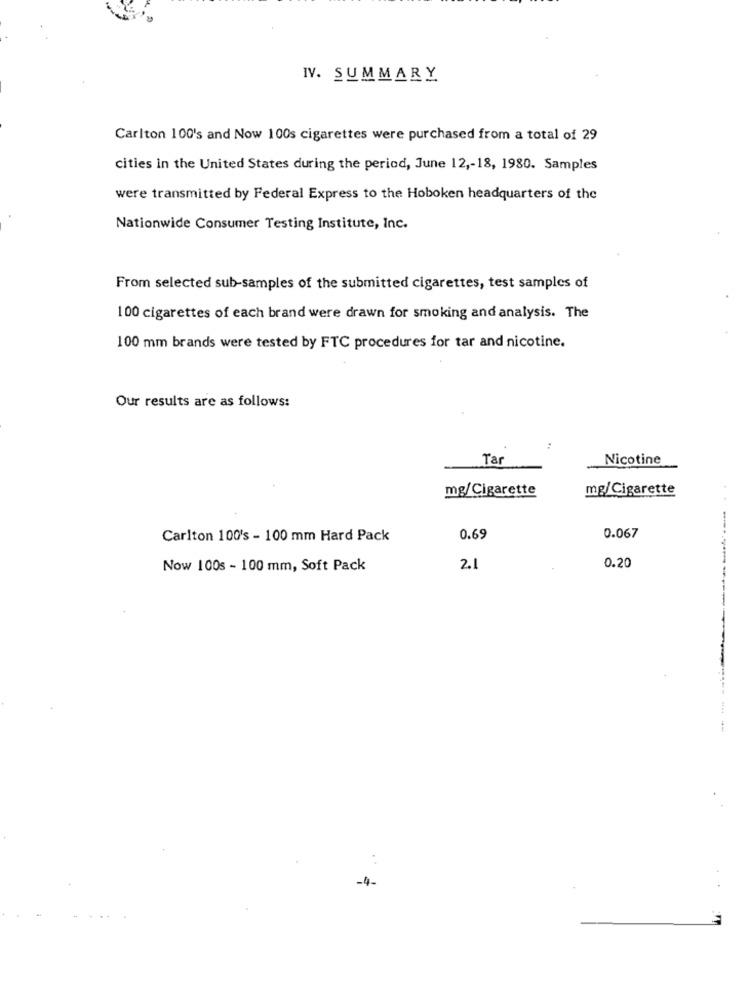
IV. SUMMARY
Carlton 100's and Now 100s cigarettes were purchased from a total of 29
cities in the United States during the period, June 12 ,- 18, 1980. Samples
were transmitted by Federal Express to the Hoboken headquarters of the
Nationwide Consumer Testing Institute, Inc.
From selected sub-samples of the submitted cigarettes, test samples of
100 cigarettes of each brand were drawn for smoking and analysis. The
100 mm brands were tested by FTC procedures for tar and nicotine.
Our results are as follows:
Tar
Nicotine
mg/Cigarette
mg/Cigarette
Carlton 100's - 100 mm Hard Pack
0.69
0.067
Now 100s - 100 mm, Soft Pack
2.1
0.20
-4-